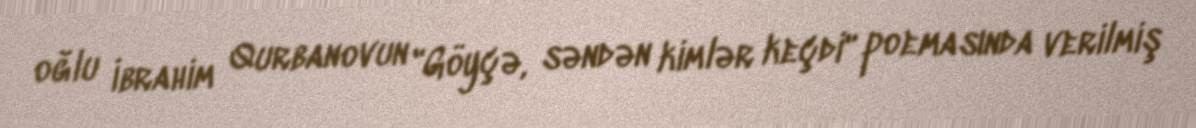
oğlu İbrahim Qurbanovun "Göyçə, səndən kimlər keçdi" poemasında verilmiş